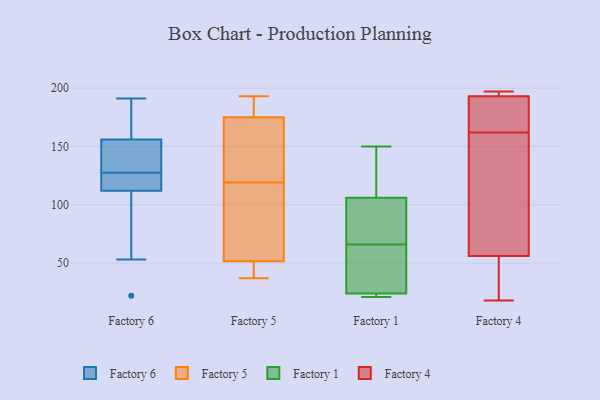
{"axis": {"x": "Temperature (°C)", "y": "Value"}, "legend": ["Factory 1", "Factory 4", "Factory 5", "Factory 6"], "data": [{"x": "", "y": 73, "type": "Factory 6"}, {"x": "", "y": 174, "type": "Factory 6"}, {"x": "", "y": 121, "type": "Factory 6"}, {"x": "", "y": 22, "type": "Factory 6"}, {"x": "", "y": 191, "type": "Factory 6"}, {"x": "", "y": 162, "type": "Factory 6"}, {"x": "", "y": 114, "type": "Factory 6"}, {"x": "", "y": 120, "type": "Factory 6"}, {"x": "", "y": 150, "type": "Factory 6"}, {"x": "", "y": 53, "type": "Factory 6"}, {"x": "", "y": 125, "type": "Factory 6"}, {"x": "", "y": 134, "type": "Factory 6"}, {"x": "", "y": 144, "type": "Factory 6"}, {"x": "", "y": 110, "type": "Factory 6"}, {"x": "", "y": 171, "type": "Factory 6"}, {"x": "", "y": 130, "type": "Factory 6"}, {"x": "", "y": 178, "type": "Factory 5"}, {"x": "", "y": 173, "type": "Factory 5"}, {"x": "", "y": 182, "type": "Factory 5"}, {"x": "", "y": 59, "type": "Factory 5"}, {"x": "", "y": 167, "type": "Factory 5"}, {"x": "", "y": 37, "type": "Factory 5"}, {"x": "", "y": 193, "type": "Factory 5"}, {"x": "", "y": 88, "type": "Factory 5"}, {"x": "", "y": 121, "type": "Factory 5"}, {"x": "", "y": 117, "type": "Factory 5"}, {"x": "", "y": 146, "type": "Factory 5"}, {"x": "", "y": 44, "type": "Factory 5"}, {"x": "", "y": 92, "type": "Factory 5"}, {"x": "", "y": 43, "type": "Factory 5"}, {"x": "", "y": 177, "type": "Factory 5"}, {"x": "", "y": 37, "type": "Factory 5"}, {"x": "", "y": 55, "type": "Factory 1"}, {"x": "", "y": 77, "type": "Factory 1"}, {"x": "", "y": 45, "type": "Factory 1"}, {"x": "", "y": 24, "type": "Factory 1"}, {"x": "", "y": 24, "type": "Factory 1"}, {"x": "", "y": 21, "type": "Factory 1"}, {"x": "", "y": 106, "type": "Factory 1"}, {"x": "", "y": 150, "type": "Factory 1"}, {"x": "", "y": 94, "type": "Factory 1"}, {"x": "", "y": 129, "type": "Factory 1"}, {"x": "", "y": 165, "type": "Factory 4"}, {"x": "", "y": 18, "type": "Factory 4"}, {"x": "", "y": 112, "type": "Factory 4"}, {"x": "", "y": 56, "type": "Factory 4"}, {"x": "", "y": 196, "type": "Factory 4"}, {"x": "", "y": 176, "type": "Factory 4"}, {"x": "", "y": 159, "type": "Factory 4"}, {"x": "", "y": 50, "type": "Factory 4"}, {"x": "", "y": 197, "type": "Factory 4"}, {"x": "", "y": 193, "type": "Factory 4"}]}